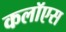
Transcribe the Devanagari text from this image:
कलॉएस